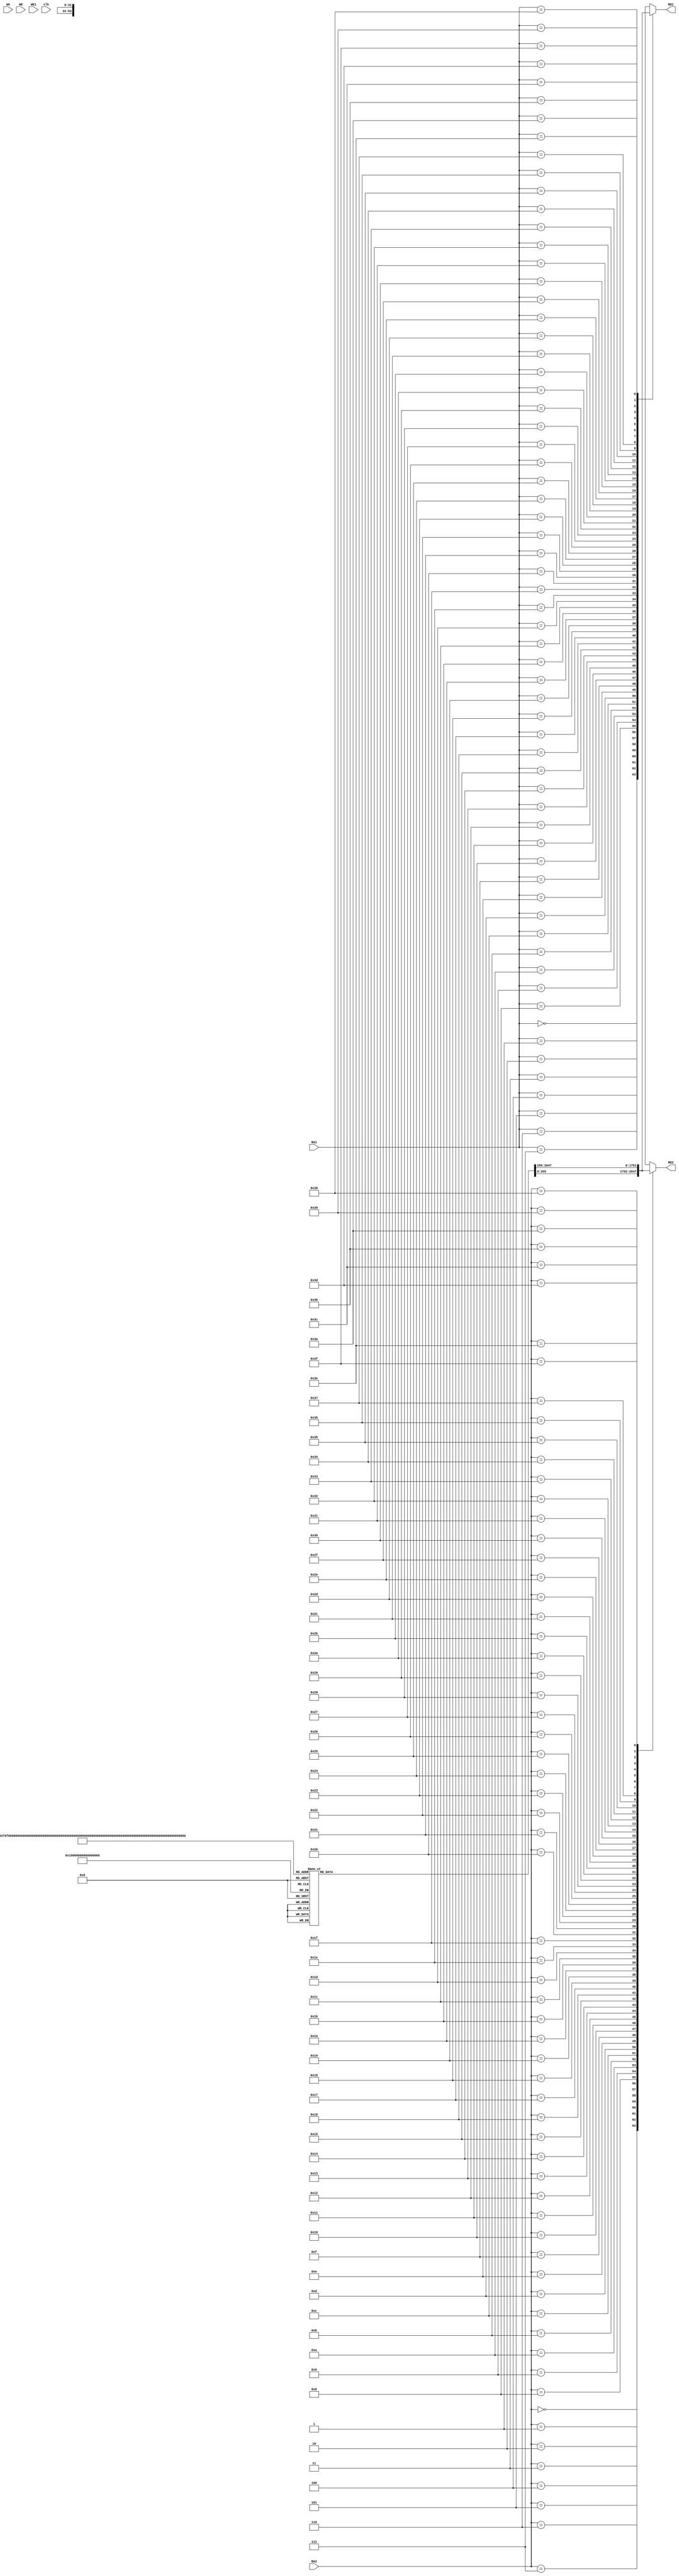
module ALU_RegFile(
    input [5:0] RA1, //rs,
    input [5:0] RA2,//rt, 
    input [5:0] WA, //rd,
    input [31:0] WD, //ALUresult,
    input WE1,//RegWrite,
    input clk, 
    
    output [31:0] RD1,//OperandA,
    output [31:0] RD2//OperandB,
    );
    
    reg RD1;
    reg RD2;
    
    reg [31:0] Reg[0:64]; // 64 32-bit registers inside the register file 
    
    always @ (*) begin
        case (RA1)
            // not sure if the case has to be in binary or if it is okay if it is in decimal
            0:RD1 = Reg[0];//000000:RD1 = Reg[0];
            1:RD1 = Reg[1];
            2:RD1 = Reg[2];
            3:RD1 = Reg[3];
            4:RD1 = Reg[4];
            5:RD1 = Reg[5];
            6:RD1 = Reg[6];
            7:RD1 = Reg[7];
            8:RD1 = Reg[8];
            9:RD1 = Reg[9];
            10:RD1 = Reg[10];
            11:RD1 = Reg[11];
            12:RD1 = Reg[12];
            13:RD1 = Reg[13];
            14:RD1 = Reg[14];
            15:RD1 = Reg[15];
            16:RD1 = Reg[16];
            17:RD1 = Reg[17];
            18:RD1 = Reg[18];
            19:RD1 = Reg[19];
            20:RD1 = Reg[20];
            21:RD1 = Reg[21];
            22:RD1 = Reg[22];
            23:RD1 = Reg[23];
            24:RD1 = Reg[24];
            25:RD1 = Reg[25];
            26:RD1 = Reg[26];
            27:RD1 = Reg[27];
            28:RD1 = Reg[28];
            29:RD1 = Reg[29];
            30:RD1 = Reg[30];
            31:RD1 = Reg[31];
            32:RD1 = Reg[32];
            33:RD1 = Reg[33];
            34:RD1 = Reg[34];
            35:RD1 = Reg[35];
            36:RD1 = Reg[36];
            37:RD1 = Reg[37];
            38:RD1 = Reg[38];
            39:RD1 = Reg[39];
            40:RD1 = Reg[40];
            41:RD1 = Reg[41];
            42:RD1 = Reg[42];
            43:RD1 = Reg[43];
            44:RD1 = Reg[44];
            45:RD1 = Reg[45];
            46:RD1 = Reg[46];
            47:RD1 = Reg[47];
            48:RD1 = Reg[48];
            49:RD1 = Reg[49];
            50:RD1 = Reg[50];
            51:RD1 = Reg[51];
            52:RD1 = Reg[52];
            53:RD1 = Reg[53];
            54:RD1 = Reg[54];
            55:RD1 = Reg[55];
            56:RD1 = Reg[56];
            57:RD1 = Reg[57];
            58:RD1 = Reg[58];
            59:RD1 = Reg[59];
            60:RD1 = Reg[60];
            61:RD1 = Reg[61];
            62:RD1 = Reg[62];
            63:RD1 = Reg[63]; 
            default:RD1 = 32'b00000000000000000000000000000000;// basically to make it empty
         endcase 
    end 
    
    always @ (*) begin
            case (RA2)
                // not sure if the case has to be in binary or if it is okay if it is in decimal
                0:RD2 = Reg[0];//000000:RD2 = Reg[0];
                1:RD2 = Reg[1];
                2:RD2 = Reg[2];
                3:RD2 = Reg[3];
                4:RD2 = Reg[4];
                5:RD2 = Reg[5];
                6:RD2 = Reg[6];
                7:RD2 = Reg[7];
                8:RD2 = Reg[8];
                9:RD2 = Reg[9];
                10:RD2 = Reg[10];
                11:RD2 = Reg[11];
                12:RD2 = Reg[12];
                13:RD2 = Reg[13];
                14:RD2 = Reg[14];
                15:RD2 = Reg[15];
                16:RD2 = Reg[16];
                17:RD2 = Reg[17];
                18:RD2 = Reg[18];
                19:RD2 = Reg[19];
                20:RD2 = Reg[20];
                21:RD2 = Reg[21];
                22:RD2 = Reg[22];
                23:RD2 = Reg[23];
                24:RD2 = Reg[24];
                25:RD2 = Reg[25];
                26:RD2 = Reg[26];
                27:RD2 = Reg[27];
                28:RD2 = Reg[28];
                29:RD2 = Reg[29];
                30:RD2 = Reg[30];
                31:RD2 = Reg[31];
                32:RD2 = Reg[32];
                33:RD2 = Reg[33];
                34:RD2 = Reg[34];
                35:RD2 = Reg[35];
                36:RD2 = Reg[36];
                37:RD2 = Reg[37];
                38:RD2 = Reg[38];
                39:RD2 = Reg[39];
                40:RD2 = Reg[40];
                41:RD2 = Reg[41];
                42:RD2 = Reg[42];
                43:RD2 = Reg[43];
                44:RD2 = Reg[44];
                45:RD2 = Reg[45];
                46:RD2 = Reg[46];
                47:RD2 = Reg[47];
                48:RD2 = Reg[48];
                49:RD2 = Reg[49];
                50:RD2 = Reg[50];
                51:RD2 = Reg[51];
                52:RD2 = Reg[52];
                53:RD2 = Reg[53];
                54:RD2 = Reg[54];
                55:RD2 = Reg[55];
                56:RD2 = Reg[56];
                57:RD2 = Reg[57];
                58:RD2 = Reg[58];
                59:RD2 = Reg[59];
                60:RD2 = Reg[60];
                61:RD2 = Reg[61];
                62:RD2 = Reg[62];
                63:RD2 = Reg[63]; 
                default:RD2 = 32'b00000000000000000000000000000000;// basically to make it empty
             endcase 
        end 
    
    
    
    
    
    
endmodule